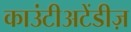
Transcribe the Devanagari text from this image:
काउंटीअटेंडीज़